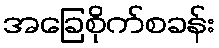
အခြေစိုက်စခန်း